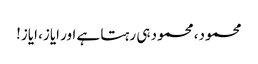
محمود، محمود ہی رہتا ہے اور ایاز، ایاز!